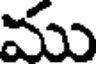
ము